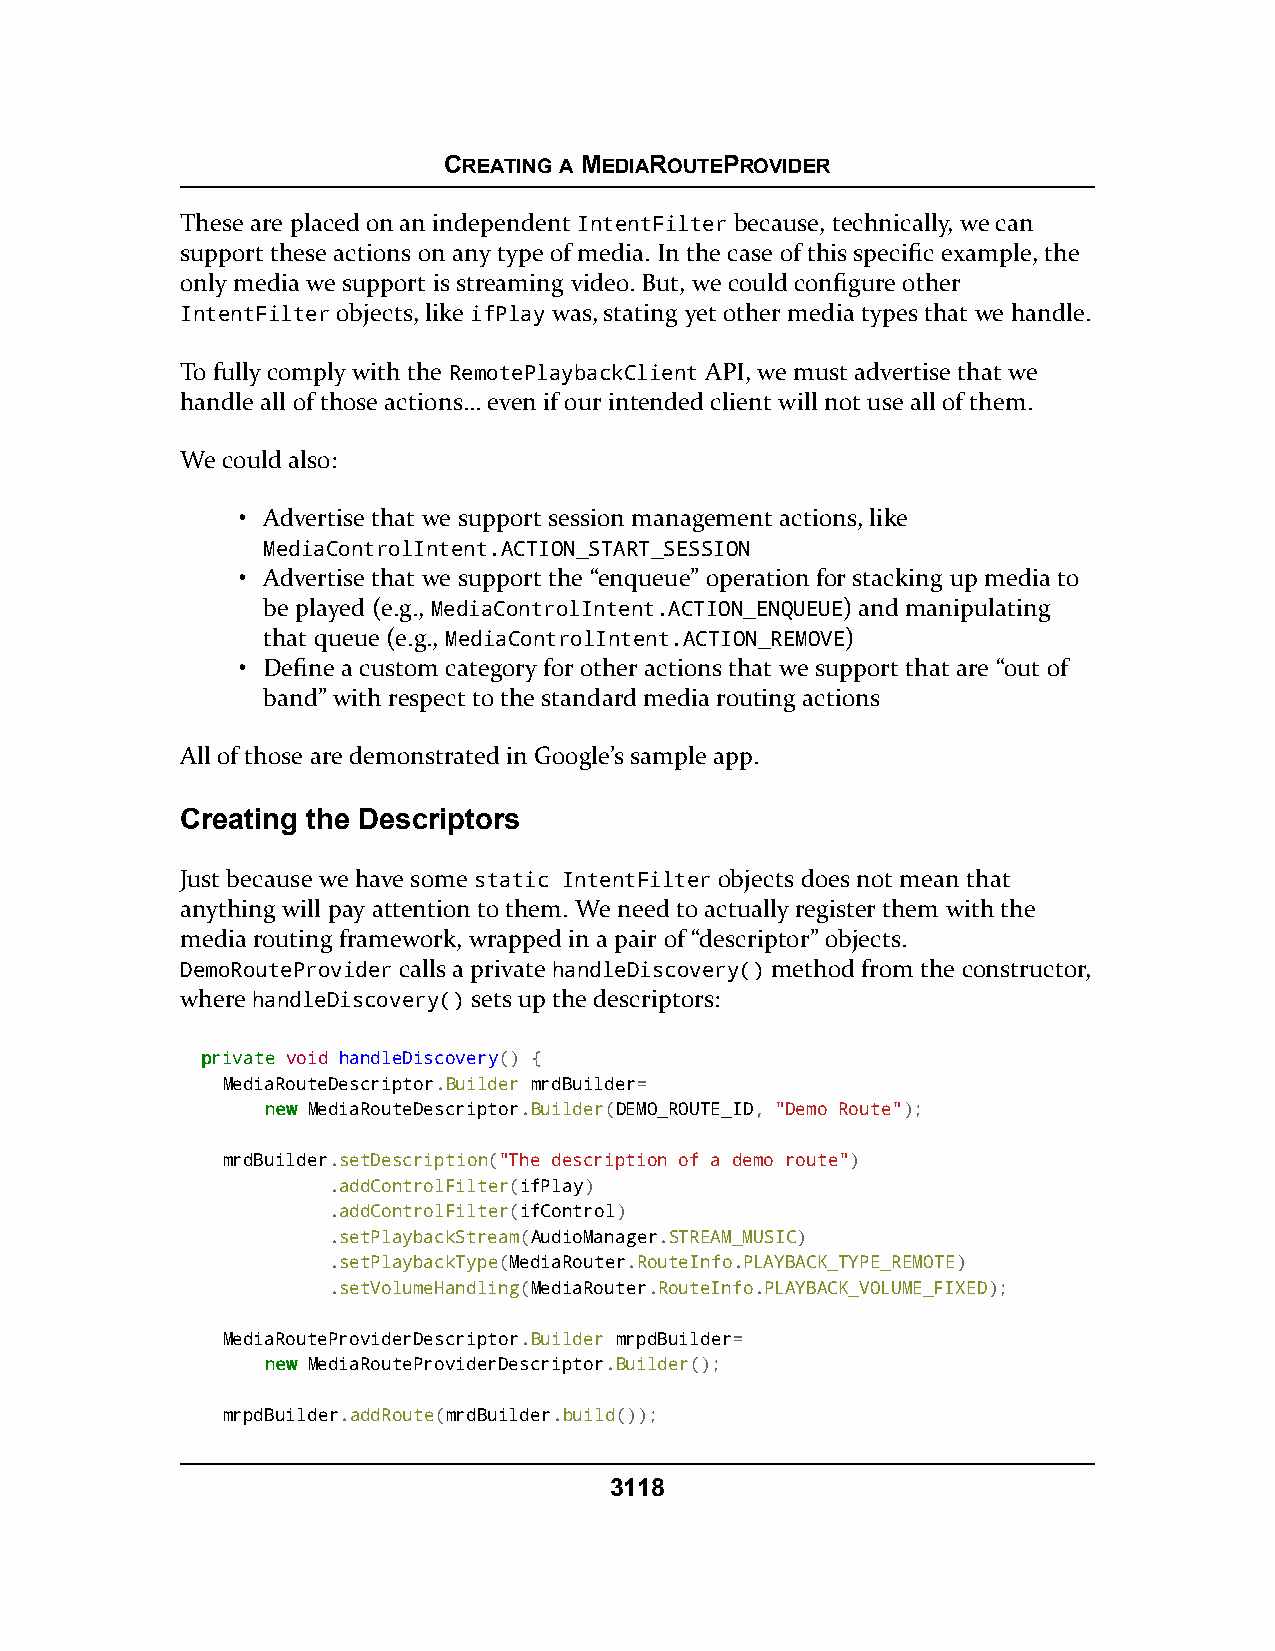
CREATING A MEDIAROUTEPROVIDER
 These are placed on an independent IntentFilter because, technically, we can
 support these actions on any type of media. In the case of this specific example, the
 only media we support is streaming video. But, we could configure other
 IntentFilter objects, like ifPlay was, stating yet other media types that we handle.
 To fully comply with the RemotePlaybackClient API, we must advertise that we
 handle all of those actions… even if our intended client will not use all of them.
 We could also:
 • Advertise that we support session management actions, like
 MediaControlIntent.ACTION_START_SESSION
 • Advertise that we support the “enqueue” operation for stacking up media to
 be played (e.g., MediaControlIntent.ACTION_ENQUEUE) and manipulating
 that queue (e.g., MediaControlIntent.ACTION_REMOVE)
 • Define a custom category for other actions that we support that are “out of
 band” with respect to the standard media routing actions
 All of those are demonstrated in Google’s sample app.
 Creating the Descriptors
 Just because we have some static IntentFilter objects does not mean that
 anything will pay attention to them. We need to actually register them with the
 media routing framework, wrapped in a pair of “descriptor” objects.
 DemoRouteProvider calls a private handleDiscovery() method from the constructor,
 where handleDiscovery() sets up the descriptors:
 pprriivvaattee void handleDiscovery() {
 MediaRouteDescriptor.Builder mrdBuilder=
 nneeww MediaRouteDescriptor.Builder(DEMO_ROUTE_ID, "Demo Route");
 mrdBuilder.setDescription("The description of a demo route")
 .addControlFilter(ifPlay)
 .addControlFilter(ifControl)
 .setPlaybackStream(AudioManager.STREAM_MUSIC)
 .setPlaybackType(MediaRouter.RouteInfo.PLAYBACK_TYPE_REMOTE)
 .setVolumeHandling(MediaRouter.RouteInfo.PLAYBACK_VOLUME_FIXED);
 MediaRouteProviderDescriptor.Builder mrpdBuilder=
 nneeww MediaRouteProviderDescriptor.Builder();
 mrpdBuilder.addRoute(mrdBuilder.build());
 3118